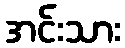
အင်းသား